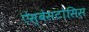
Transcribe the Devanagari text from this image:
ऐस्बेसटोसिस